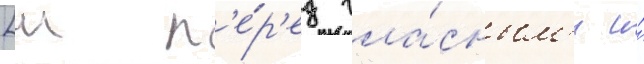
[ш п'е́р'ед гла́сным'и и́